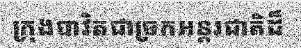
ក្រុងបាវិតជាច្រកអន្តរជាតិដ៏